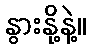
နွားနို့နဲ့။